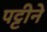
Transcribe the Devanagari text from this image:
पट्टीने